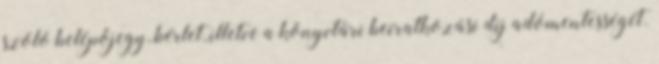
szóló belépőjegy, bérlet, illetve a könyvtári beiratkozási díj adómentességét.